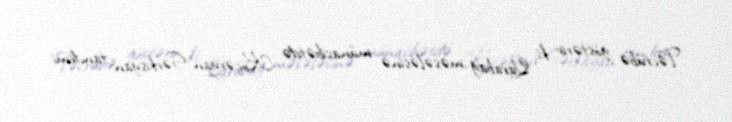
Təcrübə göstərir ki, Qarabağ məsələsinə münasibətdə Köçəryan-Sərkisyan tandemi